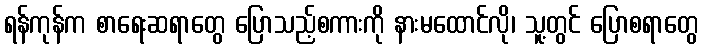
ရန်ကုန်က စာရေးဆရာတွေ ပြောသည့်စကားကို နားမထောင်လို၊ သူ့တွင် ပြောစရာတွေ